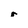
Character: r